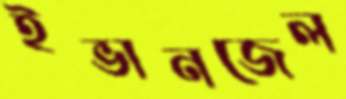
ইভানজেল